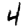
Digit: 4